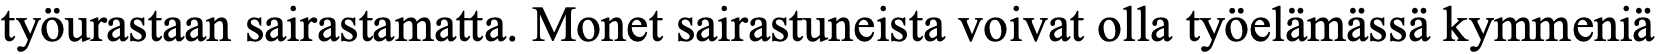
työurastaan sairastamatta. Monet sairastuneista voivat olla työelämässä kymmeniä